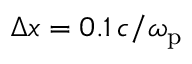
\Delta x = 0 . 1 \, c / \omega _ { \mathrm { p } }